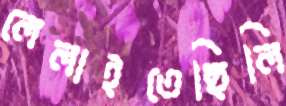
লেলাইতেছিলি